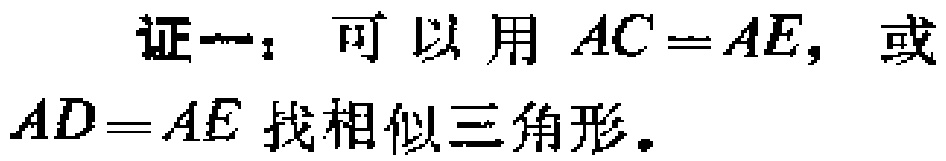
证一：可以用 \(AC = AE\)，或 \(AD = AE\) 找相似三角形。